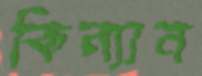
কিন্যান